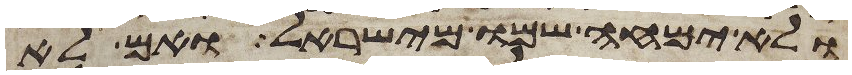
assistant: ולא ימחה שמו מישראל ואם לא